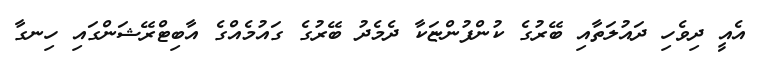
އެއީ ދިވެހި ދައުލަތާއި ބޭރުގެ ކުންފުންޏަކާ ދެމެދު ބޭރުގެ ގައުމެއްގެ އާބިޓްރޭޝަންގައި ހިނގާ